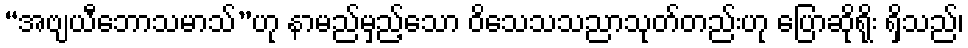
“အဗျယီဘောသမာသ်”ဟု နာမည်မှည့်သော ဝိသေသသညာသုတ်တည်းဟု ပြောဆိုရိုး ရှိသည်၊